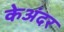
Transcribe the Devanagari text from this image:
केअंदर